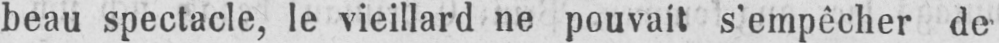
beau spectacle, le vieillard ne pouvait s’empêcher de